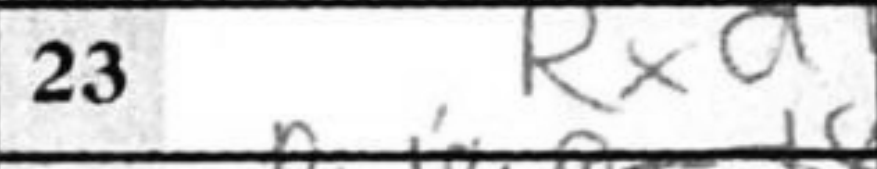
Transcription: Rxd1